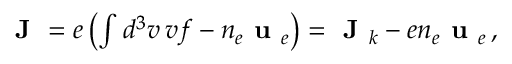
\begin{array} { r } { \textbf { J } = e \left( \int d ^ { 3 } v \, \boldsymbol { v } f - n _ { e } \textbf { u } _ { e } \right) = \textbf { J } _ { k } - e n _ { e } \textbf { u } _ { e } \, , } \end{array}